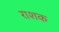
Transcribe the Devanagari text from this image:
राशक